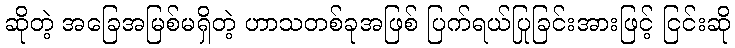
ဆိုတဲ့ အခြေအမြစ်မရှိတဲ့ ဟာသတစ်ခုအဖြစ် ပြက်ရယ်ပြုခြင်းအားဖြင့် ငြင်းဆို